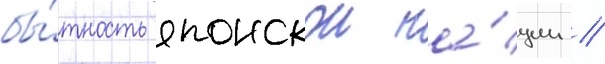
бы́тность японскои на́ции //